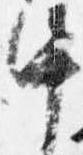
中